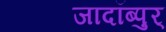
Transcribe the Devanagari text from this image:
जादॉब्पुर्